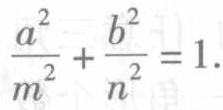
\frac{a^{2}}{m^{2}}+\frac{b^{2}}{n^{2}} = 1.